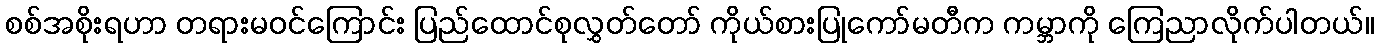
စစ်အစိုးရဟာ တရားမဝင်ကြောင်း ပြည်ထောင်စုလွှတ်တော် ကိုယ်စားပြုကော်မတီက ကမ္ဘာကို ကြေညာလိုက်ပါတယ်။